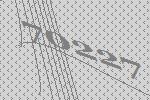
70227